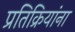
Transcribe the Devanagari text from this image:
प्रतिक्रियांना